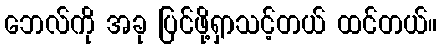
ဘေလ်ကို အခု ပြင်ဖို့ရှာသင့်တယ် ထင်တယ်။